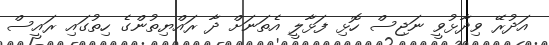
އަދުރޭ ވިދާޅުވީ ނަޖިސް ހޮޅި ފަޅާލީ އެތަނަށް ދާ ރައްޔިތުންގެ ހިތުގައި ރައީސް